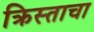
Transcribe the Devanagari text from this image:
क्रिस्ताचा